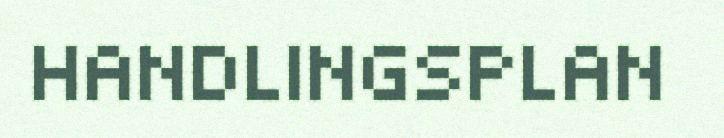
HANDLINGSPLAN